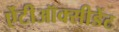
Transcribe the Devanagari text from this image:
ऐंटीऑक्सीडेंट